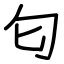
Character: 匂